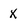
Character: X